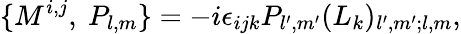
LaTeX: \{ M^{i,j},\ P_{l,m}\} =-i\epsilon_{ijk}P_{l^{\prime},m^{\prime}}(L_{k})_{l^{\prime},m^{\prime};l,m},